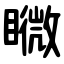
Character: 矀